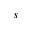
s